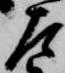
左